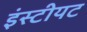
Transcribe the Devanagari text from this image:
इंस्टीयट